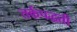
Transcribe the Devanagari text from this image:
तर्कपद्धती